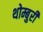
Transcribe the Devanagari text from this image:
थोम्बुरी